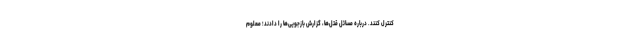
كنترل‌ كنند. درباره مسائل قتل‌ها، گزارش بازجویى‌ها را دادند؛ معلوم